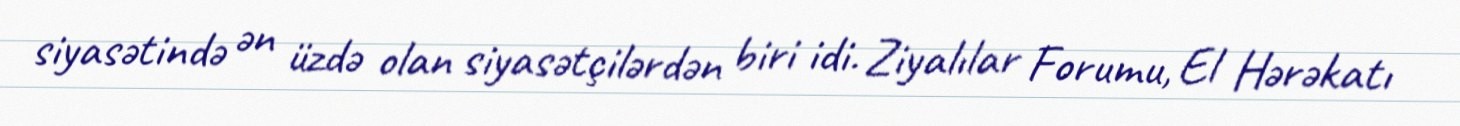
siyasətində ən üzdə olan siyasətçilərdən biri idi. Ziyalılar Forumu, El Hərəkatı